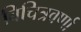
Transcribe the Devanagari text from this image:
बिचित्रवर्णा